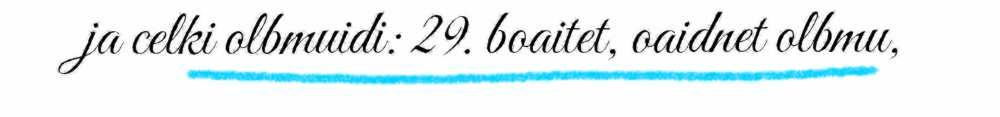
ja celki olbmuidi: 29. boaitet, oaidnet olbmu,